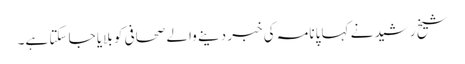
شیخ رشید نے کہا پانامہ کی خبر دینے والے صحافی کو بلایا جا سکتا ہے۔